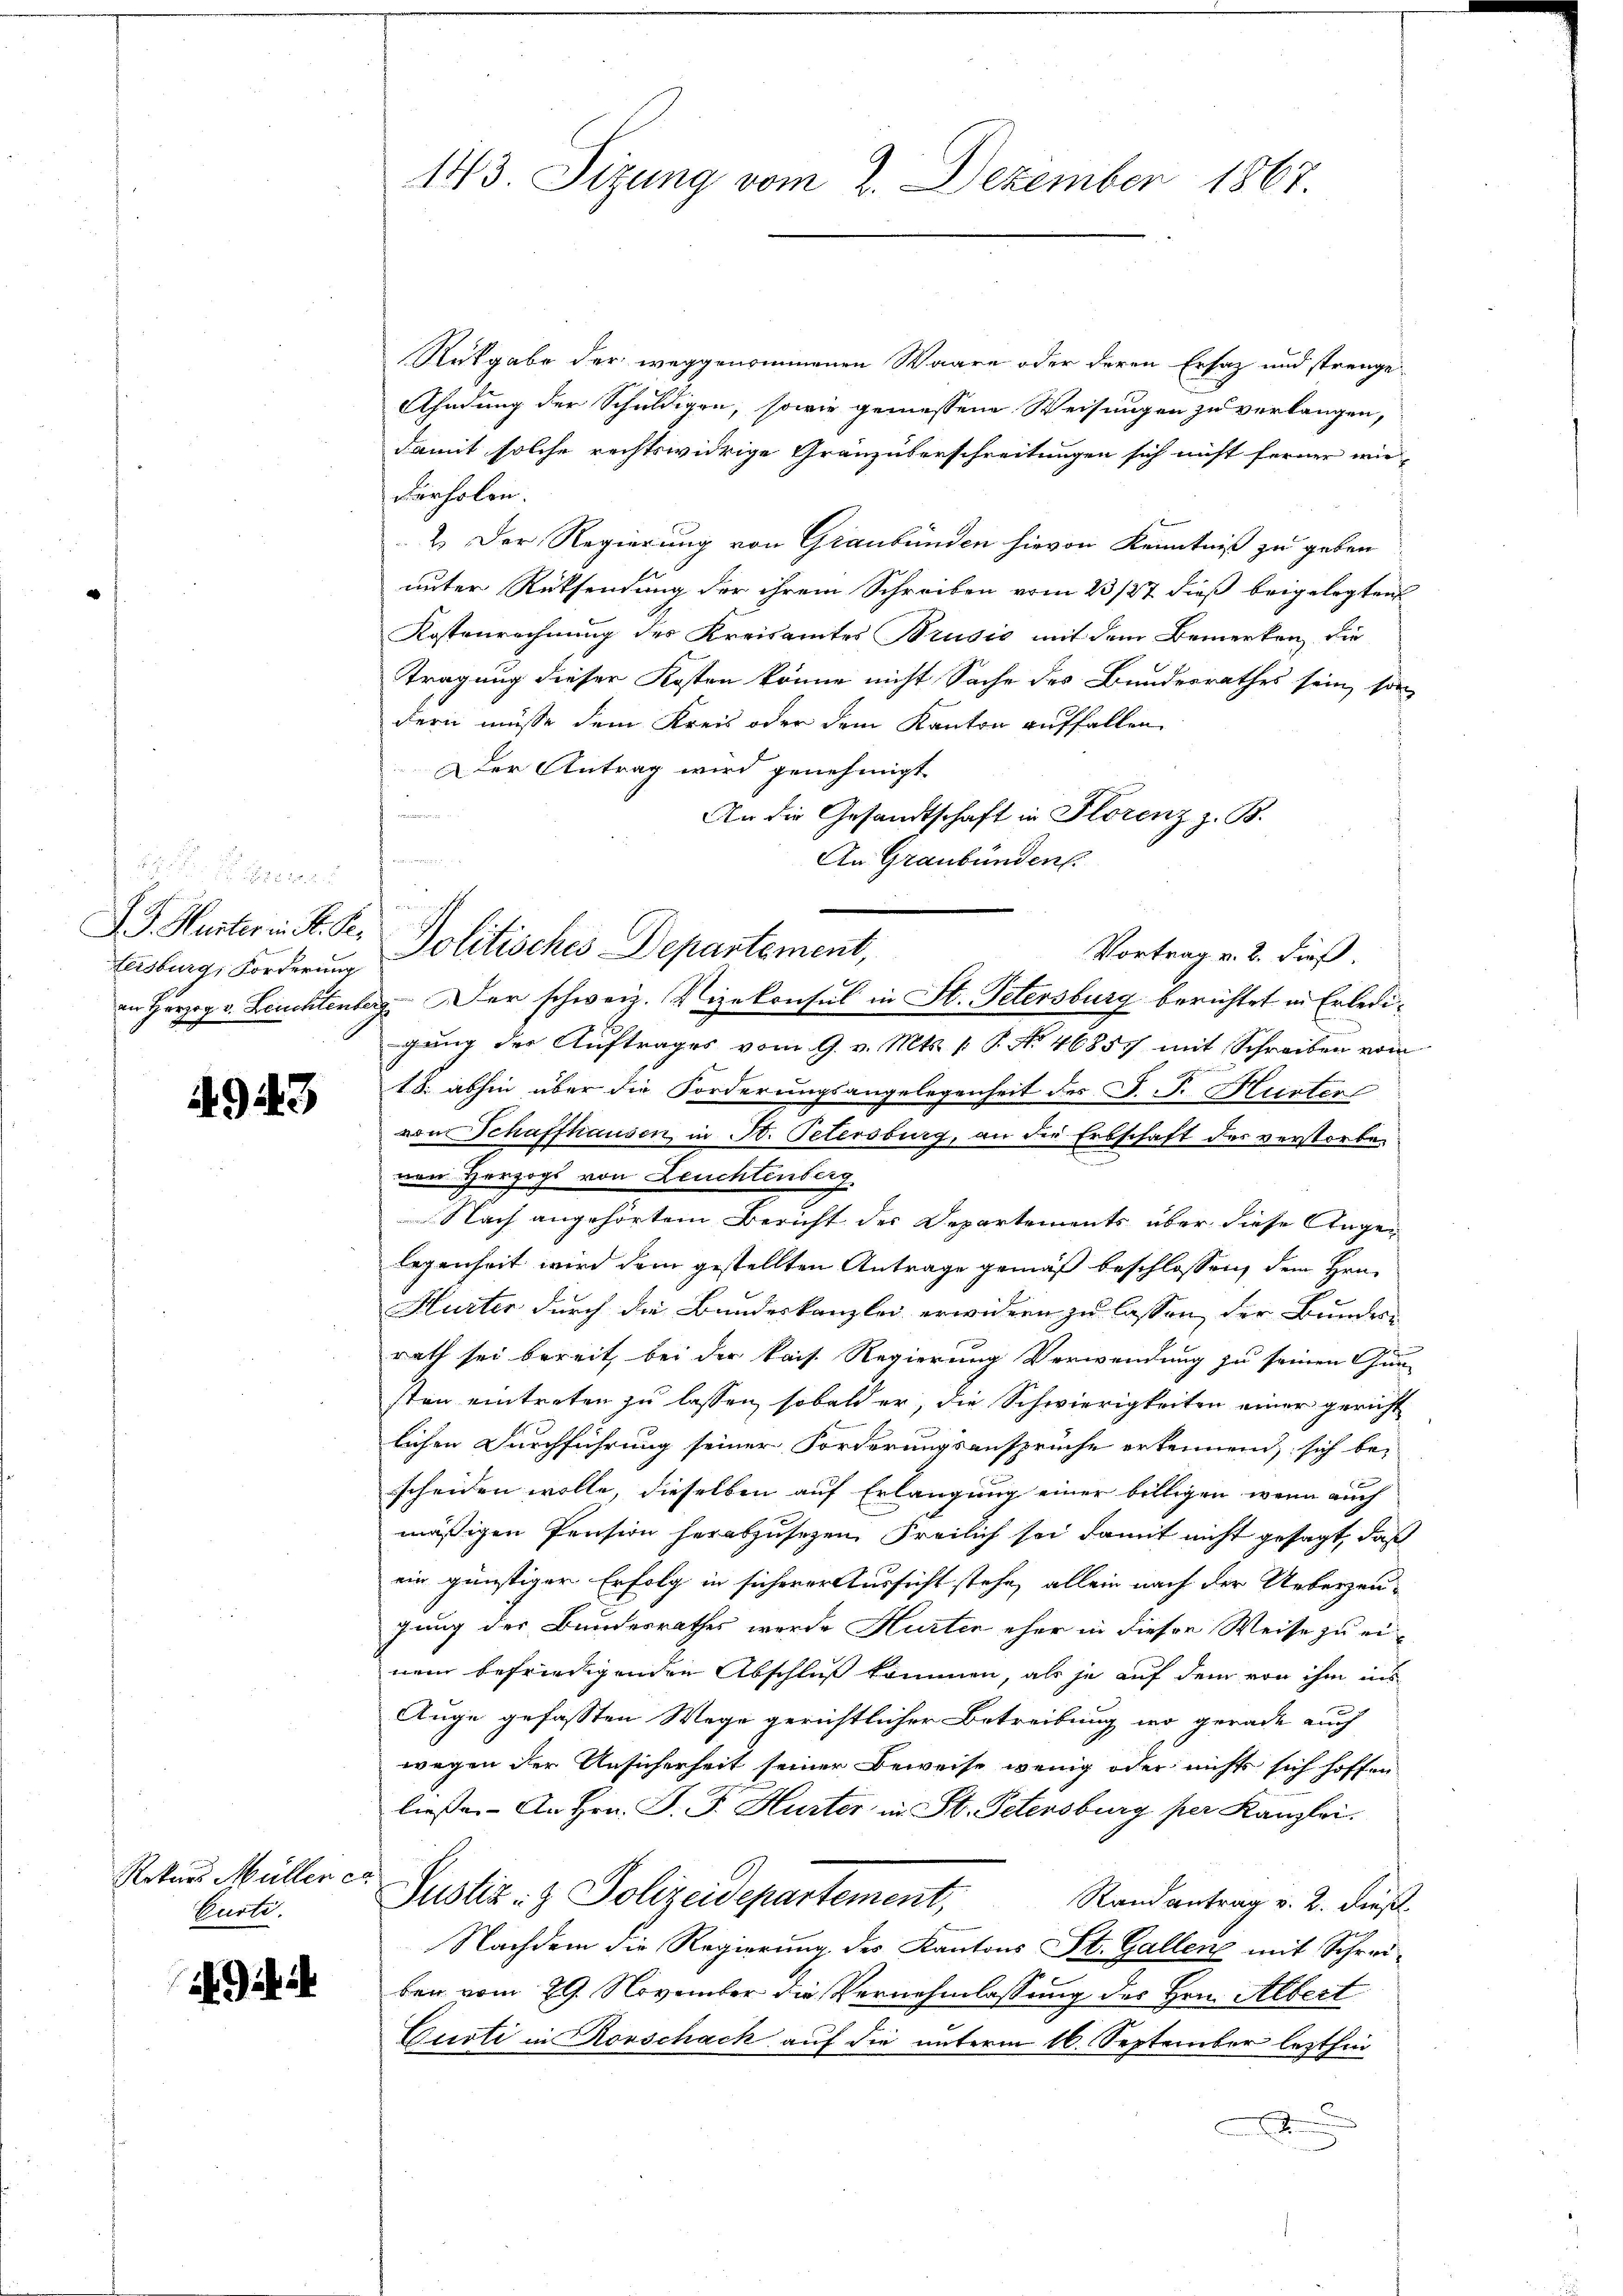
. Brie
Fersburg, Forderung

4943

Rekurs Müller er
Curti.

Giit

Rükgabe der weggenommenen Waare oder deren Ersatz und strenge¬
Ahndung der Schuldigen, sowie gemessene Weisungen zu verlangen,
damit solche rechtswidrige Gränzüberschreitungen sich nicht ferner wie-
därholen.
2. Der Regierung von Graubünden hievon Kenntniß zu geben.
unter Rücksendung der ihrem Schreiben vom 23/27 dieß beigelegten
Kostenrechnung des Kreisamtes Brusio mit dem Bemerken, die
Tragung dieser Kosten könne nicht Sache des Bundesrathes sein, son
dern müsse dem Kreis oder dem Kanton auffallen
Der Antrag wird genehmigt.
r
An die Gesandtschaft in Florenz z. B.

An Graubünden.
an Herzog v. Leuchtenberg. Der schweiz. Vizekonsul in St. Petersburg berichtet in Erledigung der Auftrages vom 9. v. Mts. [ P. Nr. 46857 mit Schreiben vom
18. abhin über die Forderungsangelegenheit des J. P. Huster
von Schaffhausen, in St. Petersburg, an die Erbschaft des verstorben
nen Herzogs von Leuchtenberg.
Nach angehörtem Bericht des Departements über diese Angelegenheit wird dem gestellten Antrage gemäß beschlossen, dem Hrn.
Hurter durch die Bundeskanzlei erwidern zu lassen, der Bundes-
rath sei bereit, bei der kais. Regierung Verwendung zu seinen Gun-
sten eintreten zu lassen, sobald er, die Schwierigkeiten einer gericht
lichen Durchführung seiner Forderungsansprüche erkennend, sich be-
scheiden wolle, dieselben auf Erlangung einer billigen, wenn auch
mäßigen Pension herabzusehen. Freilich sei damit nicht gesagt, daß
ein günstiger Erfolg in sicherer Aussicht stehe, allein nach der Ueberzeugung der Bundesrathes werde Hurten eher in dieser Weise zu einem befriedigenden Abschluß kommen, als je auf dem von ihm ins
Auge gefassten Wege gerichtlichen Betreibung wo gerade auch
wegen der Unsicherheit seiner Beweise wenig oder nichts sich hoffen
ließen. An Hrn. P. F. Hurter in St. Petersburg per Kanzlei.
Justiz- & Polizeidepartement,
Randantrag v. 2. dieß
Nachdem die Regierung des Kantons St. Gallen mit Schreiben vom 29. November die Vernehmlassung des Hrn. Albert
Curti in Rorschach auf die unterm 16. September lezthin

143. Sitzung vom 2. Dezember 1867.

D. J. Hurter in St. Se. Politisches Departement,

Vortrag v. 2. dieß.